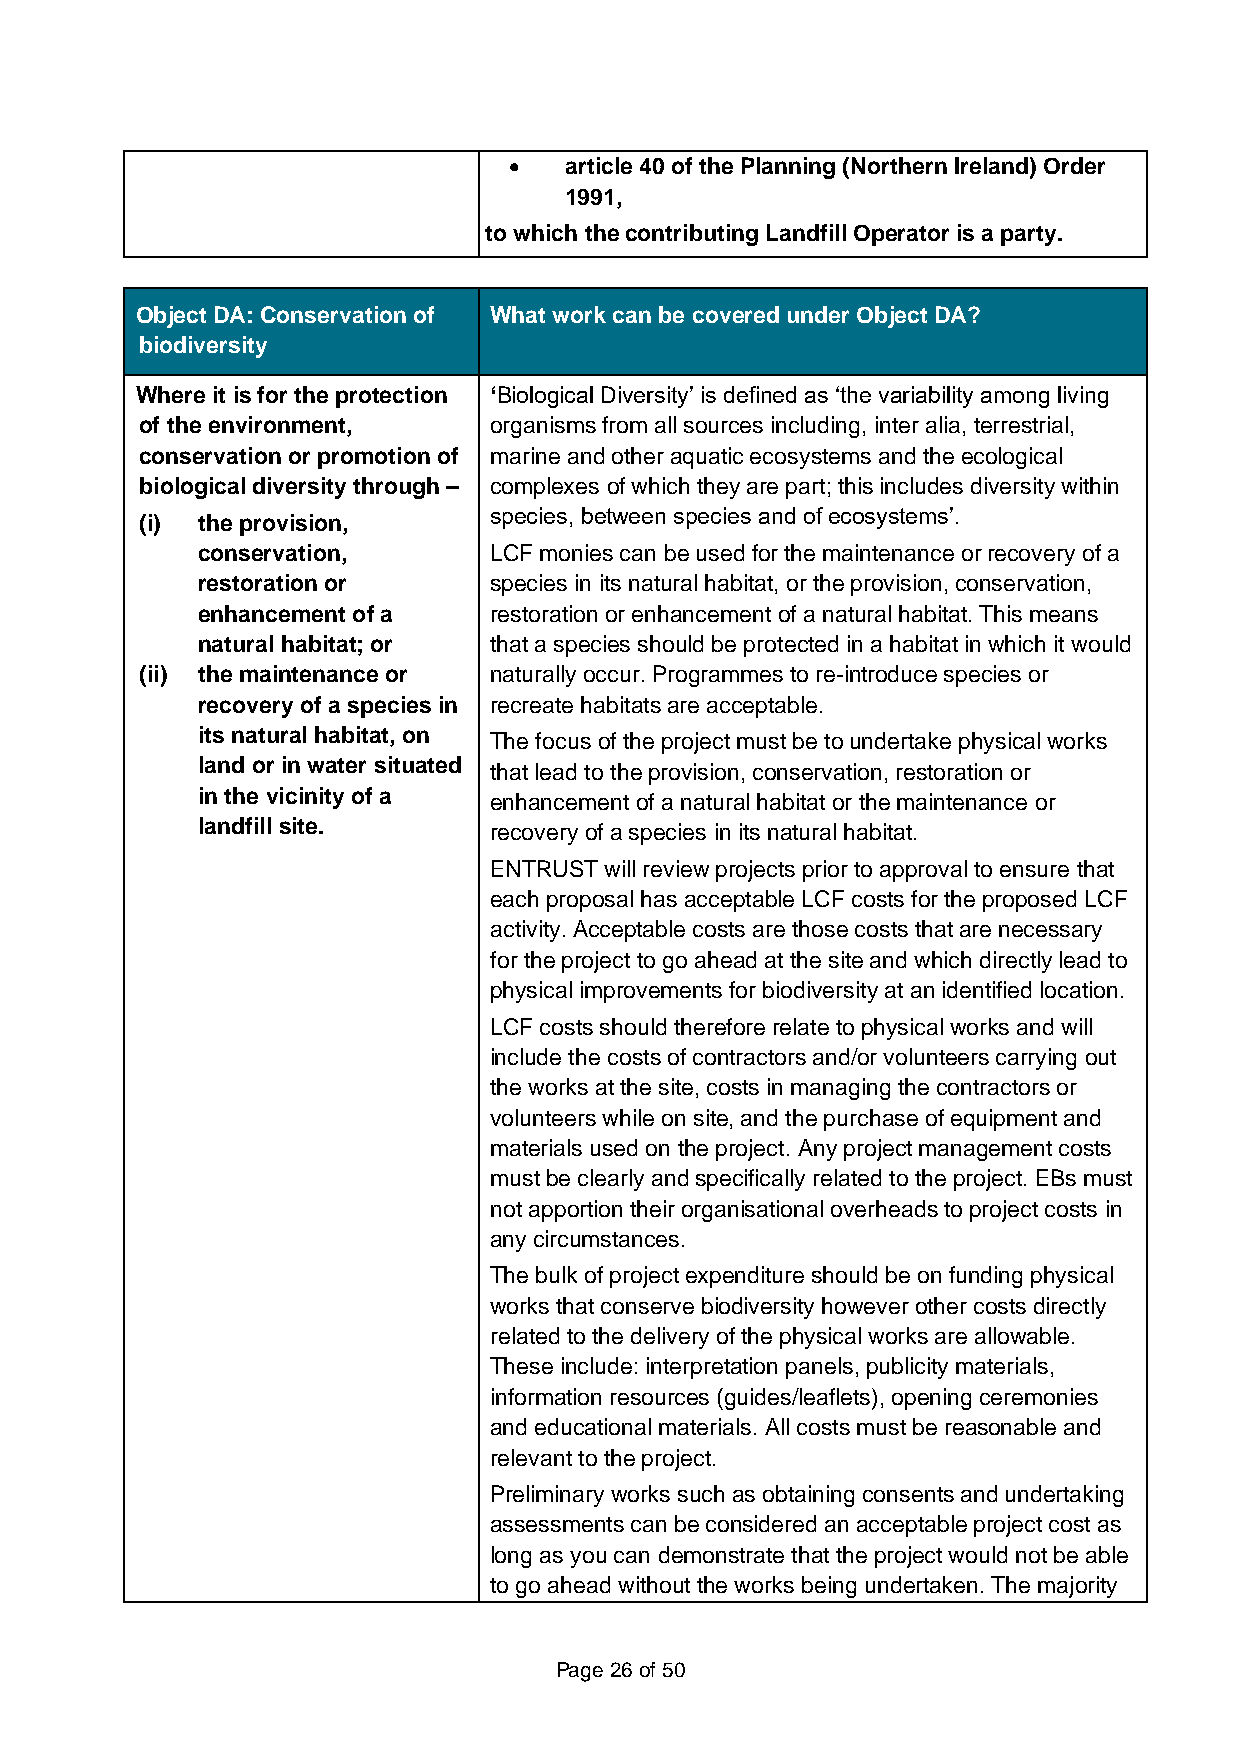
•  article 40 of the Planning (Northern Ireland) Order
 1991,
 to t to which the contributing Landfill Operator is a party.
 Object DA: Conservation of What work can be covered under Object DA?
 biodiversity
 Where it is for the protection ‘Biological Diversity’ is defined as ‘the variability among living
 of the environment,    organisms from all sources including, inter alia, terrestrial,
 conservation or promotion of marine and other aquatic ecosystems and the ecological
 biological diversity through – complexes of which they are part; this includes diversity within
 (i) the provision,     species, between species and of ecosystems’.
 conservation,      LCF monies can be used for the maintenance or recovery of a
 restoration or     species in its natural habitat, or the provision, conservation,
 enhancement of a   restoration or enhancement of a natural habitat. This means
 natural habitat; or that a species should be protected in a habitat in which it would
 (ii) the maintenance or naturally occur. Programmes to re-introduce species or
 recovery of a species in recreate habitats are acceptable.
 its natural habitat, on The focus of the project must be to undertake physical works
 land or in water situated that lead to the provision, conservation, restoration or
 in the vicinity of a enhancement of a natural habitat or the maintenance or
 landfill site.     recovery of a species in its natural habitat.
 ENTRUST will review projects prior to approval to ensure that
 each proposal has acceptable LCF costs for the proposed LCF
 activity. Acceptable costs are those costs that are necessary
 for the project to go ahead at the site and which directly lead to
 physical improvements for biodiversity at an identified location.
 LCF costs should therefore relate to physical works and will
 include the costs of contractors and/or volunteers carrying out
 the works at the site, costs in managing the contractors or
 volunteers while on site, and the purchase of equipment and
 materials used on the project. Any project management costs
 must be clearly and specifically related to the project. EBs must
 not apportion their organisational overheads to project costs in
 any circumstances.
 The bulk of project expenditure should be on funding physical
 works that conserve biodiversity however other costs directly
 related to the delivery of the physical works are allowable.
 These include: interpretation panels, publicity materials,
 information resources (guides/leaflets), opening ceremonies
 and educational materials. All costs must be reasonable and
 relevant to the project.
 Preliminary works such as obtaining consents and undertaking
 assessments can be considered an acceptable project cost as
 long as you can demonstrate that the project would not be able
 to go ahead without the works being undertaken. The majority
 Page 26 of 50